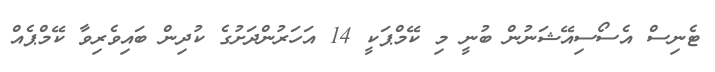
ޓެނިސް އެސޯސިއޭޝަނުން ބުނީ މި ކޭމްޕަކީ 14 އަހަރުންދަށުގެ ކުދިން ބައިވެރިވާ ކޭމްޕެއް